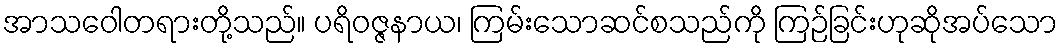
အာသဝေါတရားတို့သည်။ ပရိဝဇ္ဇနာယ၊ ကြမ်းသောဆင်စသည်ကို ကြဉ်ခြင်းဟုဆိုအပ်သော